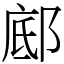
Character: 䣌